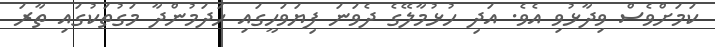
ކަމަށްވެސް ވިދާޅުވި އެވެ. އަދި ހުޅުމާލޭގެ ދެވަނަ ފިޔަވަހީގައި ހަދަމުންދާ މަގުތަކުގައި ތާރަ